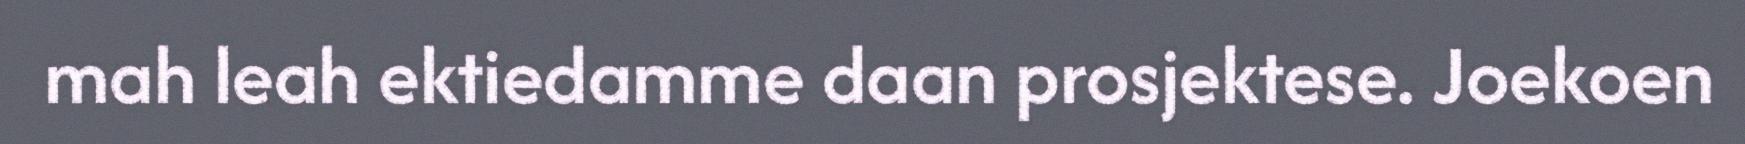
mah leah ektiedamme daan prosjektese. Joekoen